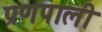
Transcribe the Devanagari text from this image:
प्रणपाली